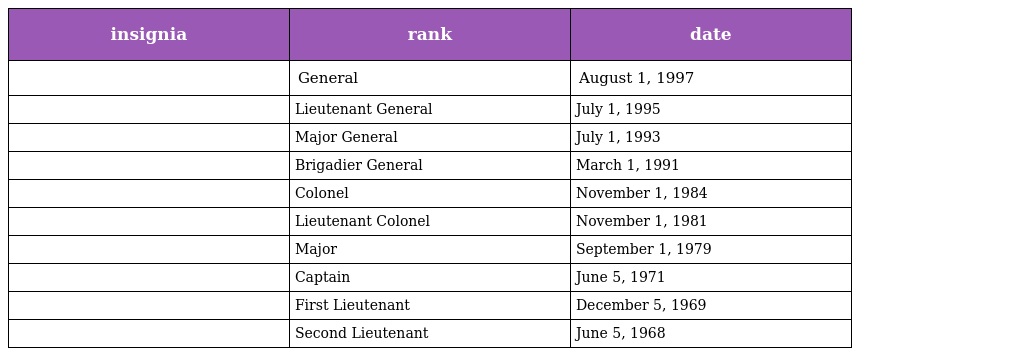
| insignia | rank | date |
 | --- | --- | --- |
 |  | General | August 1, 1997 |
 |  | Lieutenant General | July 1, 1995 |
 |  | Major General | July 1, 1993 |
 |  | Brigadier General | March 1, 1991 |
 |  | Colonel | November 1, 1984 |
 |  | Lieutenant Colonel | November 1, 1981 |
 |  | Major | September 1, 1979 |
 |  | Captain | June 5, 1971 |
 |  | First Lieutenant | December 5, 1969 |
 |  | Second Lieutenant | June 5, 1968 |